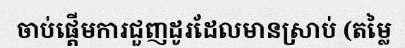
ចាប់ផ្តើមការជួញដូរដែលមានស្រាប់ (តម្លៃ